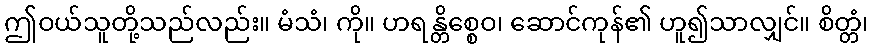
ဤဝယ်သူတို့သည်လည်း။ မံသံ၊ ကို။ ဟရန္တိစ္စေဝ၊ ဆောင်ကုန်၏ ဟူ၍သာလျှင်။ စိတ္တံ၊